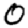
Digit: 0